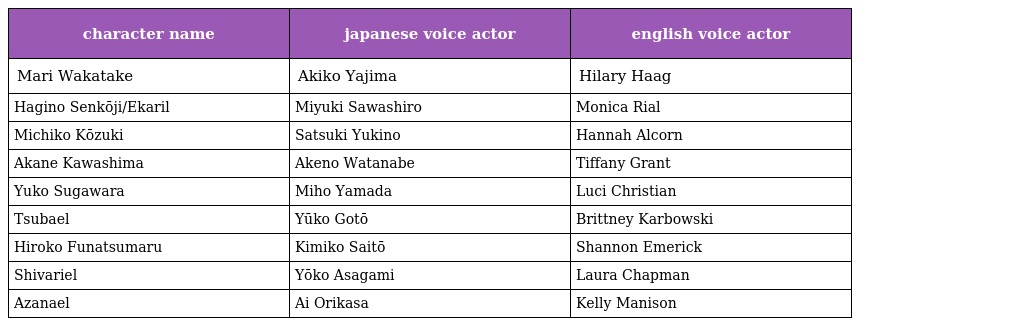
| character name | japanese voice actor | english voice actor |
 | --- | --- | --- |
 | Mari Wakatake | Akiko Yajima | Hilary Haag |
 | Hagino Senkōji/Ekaril | Miyuki Sawashiro | Monica Rial |
 | Michiko Kōzuki | Satsuki Yukino | Hannah Alcorn |
 | Akane Kawashima | Akeno Watanabe | Tiffany Grant |
 | Yuko Sugawara | Miho Yamada | Luci Christian |
 | Tsubael | Yūko Gotō | Brittney Karbowski |
 | Hiroko Funatsumaru | Kimiko Saitō | Shannon Emerick |
 | Shivariel | Yōko Asagami | Laura Chapman |
 | Azanael | Ai Orikasa | Kelly Manison |